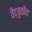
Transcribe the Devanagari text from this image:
वैद्युकीय